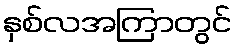
နှစ်လအကြာတွင်